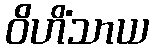
ဝိဟိံသာယ